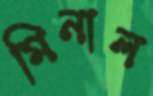
মিনাল